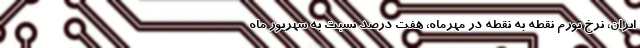
ایران، نرخ تورم نقطه به نقطه در مهرماه، هفت درصد نسبت به شهریور ماه